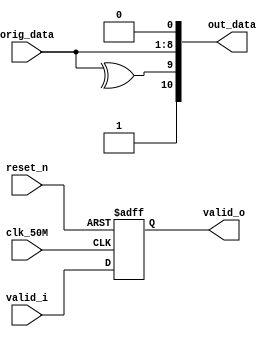
module transmittify(
	input clk_50M,
	input reset_n,
	input valid_i,					//origional data valid 
	input [7:0] orig_data,		//origional data
	output reg [10:0] out_data,//output data
	output reg valid_o			//output data valid
);
	
	always@(*)begin
		out_data = {1'b1,^orig_data,orig_data,1'b0};
	end
	
	always@(posedge clk_50M,negedge reset_n)begin
		if(!reset_n) valid_o <= 1'b0;
		else valid_o <= valid_i;
	end
	

endmodule